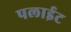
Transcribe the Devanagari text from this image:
पलाईट